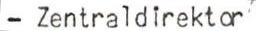
- Zentraldirektor